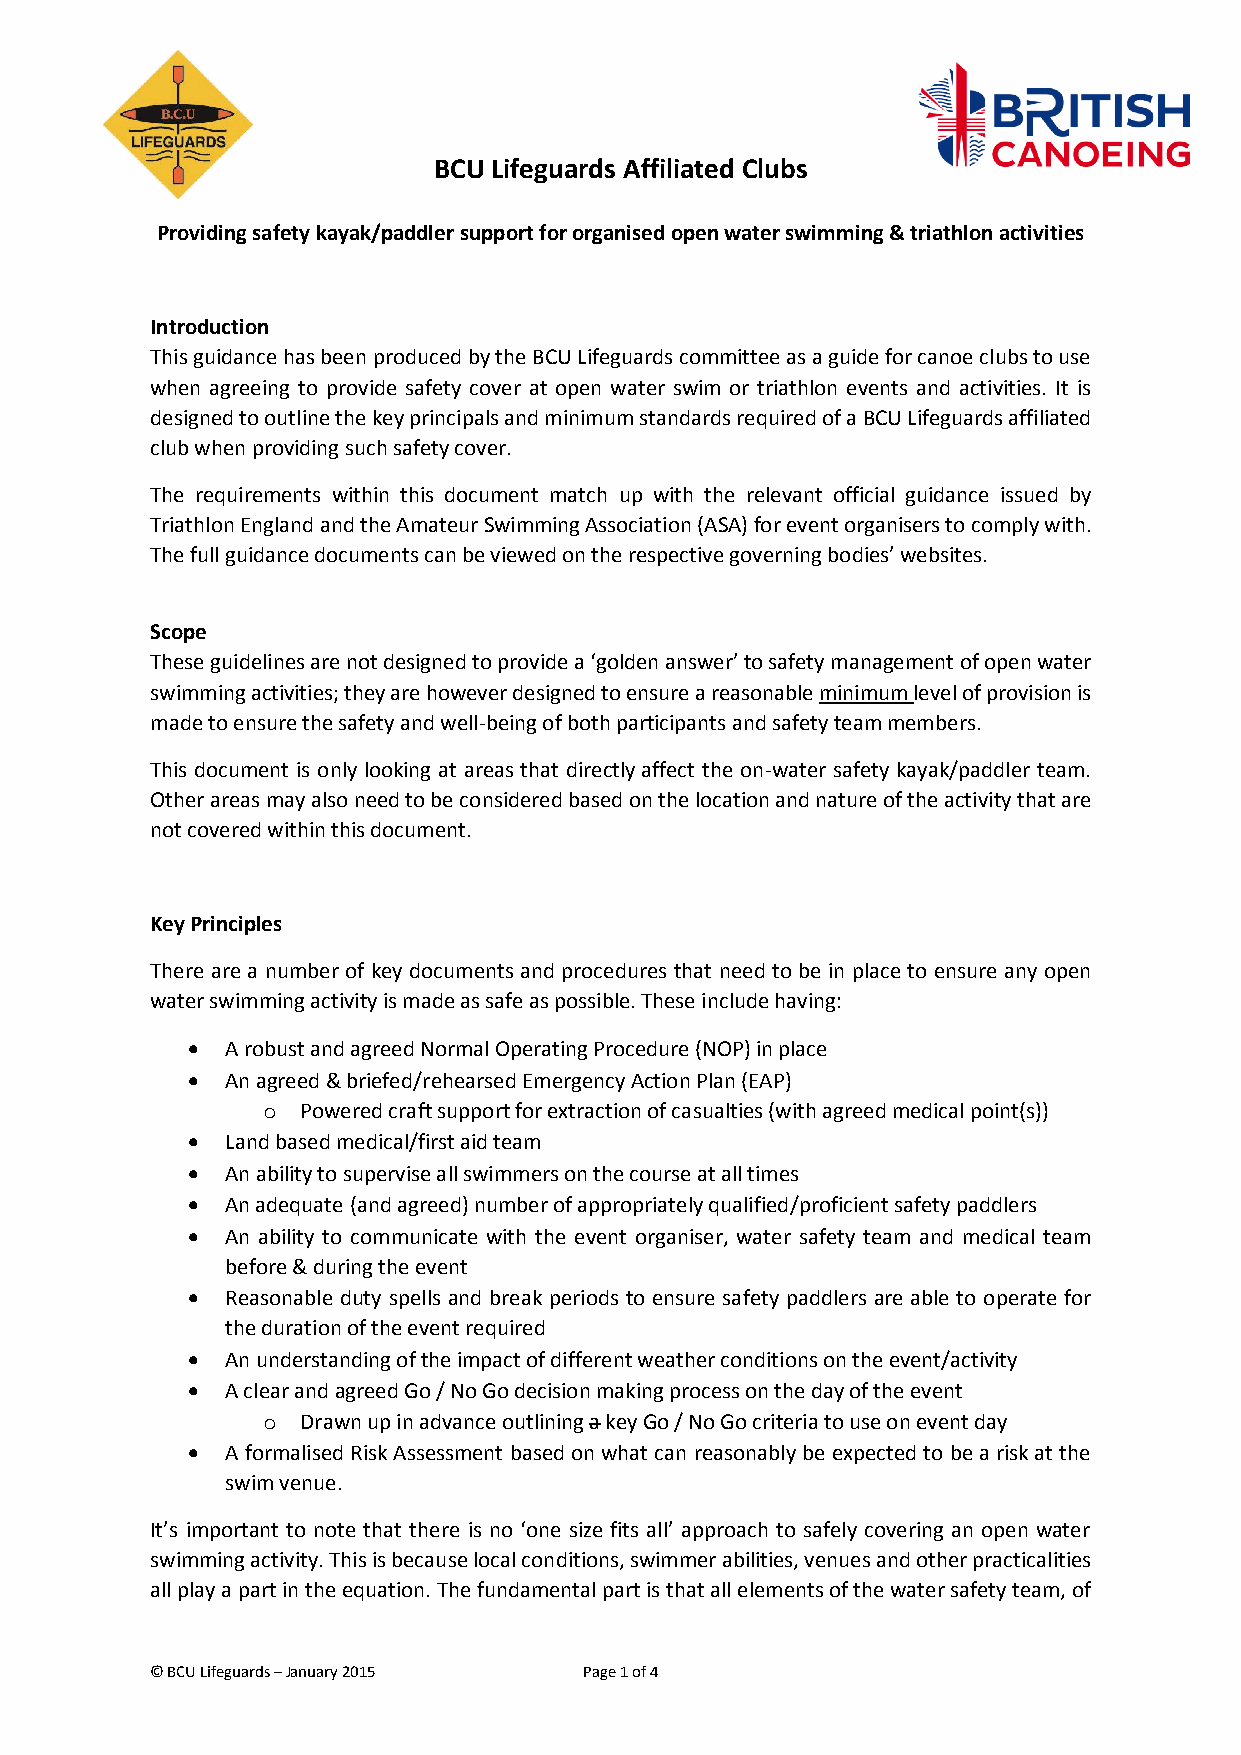
BCU Lifeguards Affiliated Clubs
 Providing safety kayak/paddler support for organised open water swimming & triathlon activities
 Introduction
 This guidance has been produced by the BCU Lifeguards committee as a guide for canoe clubs to use
 when agreeing to provide safety cover at open water swim or triathlon events and activities. It is
 designed to outline the key principals and minimum standards required of a BCU Lifeguards affiliated
 club when providing such safety cover.
 The requirements within this document match up with the relevant official guidance issued by
 Triathlon England and the Amateur Swimming Association (ASA) for event organisers to comply with.
 The full guidance documents can be viewed on the respective governing bodies’ websites.
 Scope
 These guidelines are not designed to provide a ‘golden answer’ to safety management of open water
 swimming activities; they are however designed to ensure a reasonable minimum level of provision is
 made to ensure the safety and well-being of both participants and safety team members.
 This document is only looking at areas that directly affect the on-water safety kayak/paddler team.
 Other areas may also need to be considered based on the location and nature of the activity that are
 not covered within this document.
 Key Principles
 There are a number of key documents and procedures that need to be in place to ensure any open
 water swimming activity is made as safe as possible. These include having:
   A robust and agreed Normal Operating Procedure (NOP) in place
   An agreed & briefed/rehearsed Emergency Action Plan (EAP)
 o  Powered craft support for extraction of casualties (with agreed medical point(s))
   Land based medical/first aid team
   An ability to supervise all swimmers on the course at all times
   An adequate (and agreed) number of appropriately qualified/proficient safety paddlers
   An ability to communicate with the event organiser, water safety team and medical team
 before & during the event
   Reasonable duty spells and break periods to ensure safety paddlers are able to operate for
 the duration of the event required
   An understanding of the impact of different weather conditions on the event/activity
   A clear and agreed Go / No Go decision making process on the day of the event
 o  Drawn up in advance outlining a key Go / No Go criteria to use on event day
   A formalised Risk Assessment based on what can reasonably be expected to be a risk at the
 swim venue.
 It’s important to note that there is no ‘one size fits all’ approach to safely covering an open water
 swimming activity. This is because local conditions, swimmer abilities, venues and other practicalities
 all play a part in the equation. The fundamental part is that all elements of the water safety team, of
 © BCU Lifeguards – January 2015 Page 1 of 4